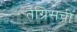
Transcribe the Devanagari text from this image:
तैग्रिसची